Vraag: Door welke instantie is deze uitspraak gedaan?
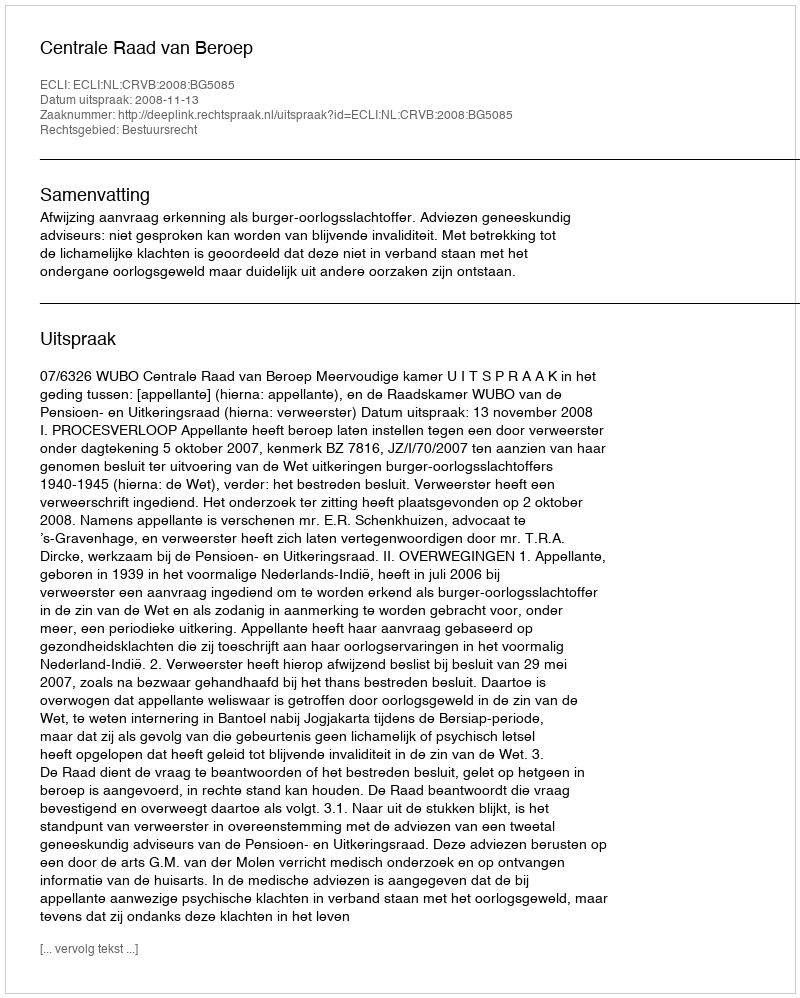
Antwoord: Centrale Raad van Beroep